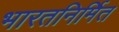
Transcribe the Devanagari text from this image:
भारतनिर्मित